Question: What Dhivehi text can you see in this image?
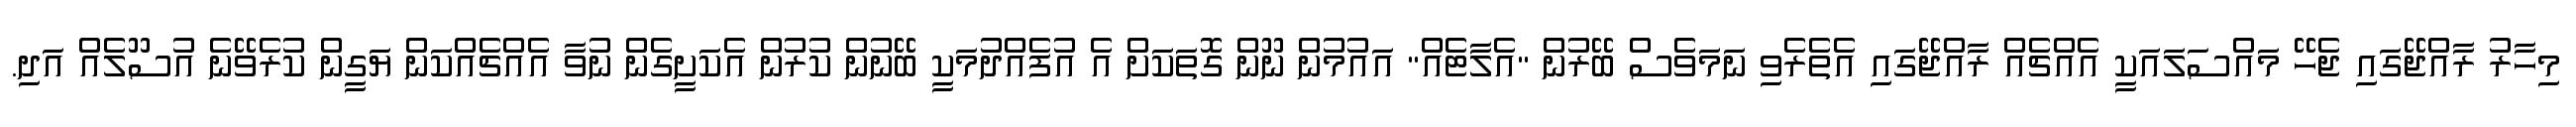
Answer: މިހާރު ރާއްޖޭގައި ޖެހޭ މައްސަލައަކީ އެއްޗެއް ރާއްޖޭގައި އެތެރެވި ނަމަވެސް ބޭރުން "އެލާޓެއް" އައުމުން ނޫން ގޮތަކަށް އެ އުފެއްދުމަކީ ބޭނުން ކުރުން އެކަށީގެން ނުވާ އެއްޗެއްކަން ޔަގީން ކުރެވޭނެ އުސޫލެއް އަދި.